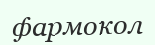
фармокол